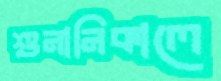
শুনানিকালে